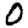
Digit: 0